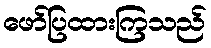
ဖော်ပြထားကြသည်